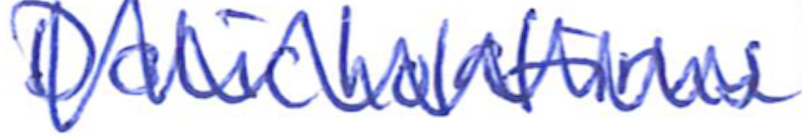
Text: Dolicholatirus
Cross-out: zig-zag
Writing tool: ballpoint